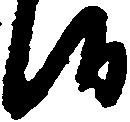
候